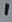
Text: 1